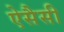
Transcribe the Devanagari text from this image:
ऐसैसी